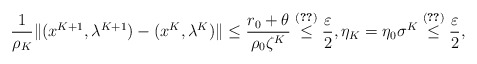
\begin{align*}\frac{1}{\rho_K}\|(x^{K+1},\lambda^{K+1})-(x^K,\lambda^K)\| \leq \frac{r_0+\theta}{\rho_0\zeta^K} \overset{\eqref{K}}{\leq} \frac{\varepsilon}{2}, \eta_K=\eta_0\sigma^K\overset{\eqref{K}}{\leq}\frac{\varepsilon}{2},\end{align*}